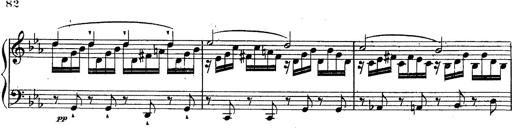
Title: Schubert's Impromptus [revised and edited by Franz Liszt]
Composer: Franz Liszt